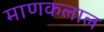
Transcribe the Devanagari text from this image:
माणकलाल